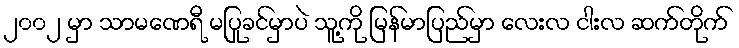
၂၀၀၂ မှာ သာမဏေရီ မပြုခင်မှာပဲ သူ့ကို မြန်မာပြည်မှာ လေးလ ငါးလ ဆက်တိုက်